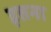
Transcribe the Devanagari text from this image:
इत्तना